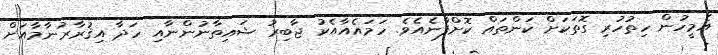
އެމީހުން ހިތުހުރި ގޮތަކަށް ކަންތައް ކޮށްފާނެއެވެ. ހަމައެއާއެކު ޖާބިރު ޝައިތާނުންނާއި ހަދާ އިޤުރާރުނާމާއަށް